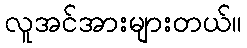
လူအင်အားများတယ်။